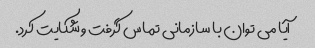
آیا می توان با سازمانی تماس گرفت و شکایت کرد.